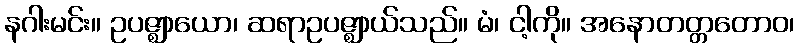
နဂါးမင်း။ ဥပဇ္ဈာယော၊ ဆရာဥပဇ္ဈာယ်သည်။ မံ၊ ငါ့ကို။ အနောတတ္တတောဝ၊